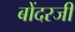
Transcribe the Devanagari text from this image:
बोंदरजी